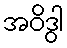
အဝိဒွါ